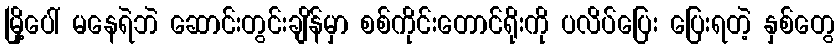
မြို့ပေါ် မနေရဲဘဲ ဆောင်းတွင်းချိန်မှာ စစ်ကိုင်းတောင်ရိုးကို ပလိပ်ပြေး ပြေးရတဲ့ နှစ်တွေ